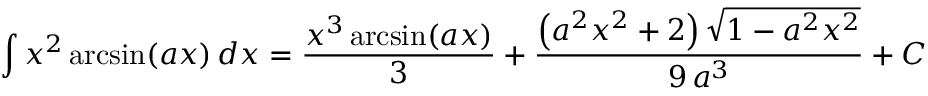
\int x ^ { 2 } \arcsin ( a x ) \, d x = { \frac { x ^ { 3 } \arcsin ( a x ) } { 3 } } + { \frac { \left( a ^ { 2 } x ^ { 2 } + 2 \right) { \sqrt { 1 - a ^ { 2 } x ^ { 2 } } } } { 9 \, a ^ { 3 } } } + C